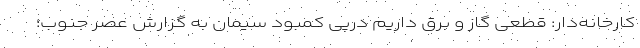
کارخانه‌دار: قطعی گاز و برق داریم درپی کمبود سیمان به گزارش عصر جنوب؛